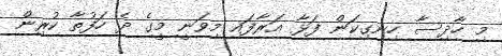
މި ހާދިސާ ހިނގިކަން ފަޅާ އަރާފައި މިވަނީ މީގެ ދެ ހަފުތާ ކުރިން